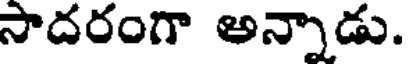
సాదరంగా అన్నాడు.